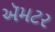
ઍમટર